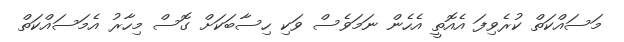
މަސައްކަތް ކުރެވިފަ އެއޮތީ އެހެން ނަމަވެސް ވަކި ހިސާބަކަށް ގޮސް މިހާރު އެމަސައްކަތް